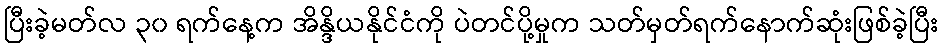
ပြီးခဲ့မတ်လ ၃၀ ရက်နေ့က အိန္ဒိယနိုင်ငံကို ပဲတင်ပို့မှုက သတ်မှတ်ရက်နောက်ဆုံးဖြစ်ခဲ့ပြီး